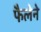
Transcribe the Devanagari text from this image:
फैलेने